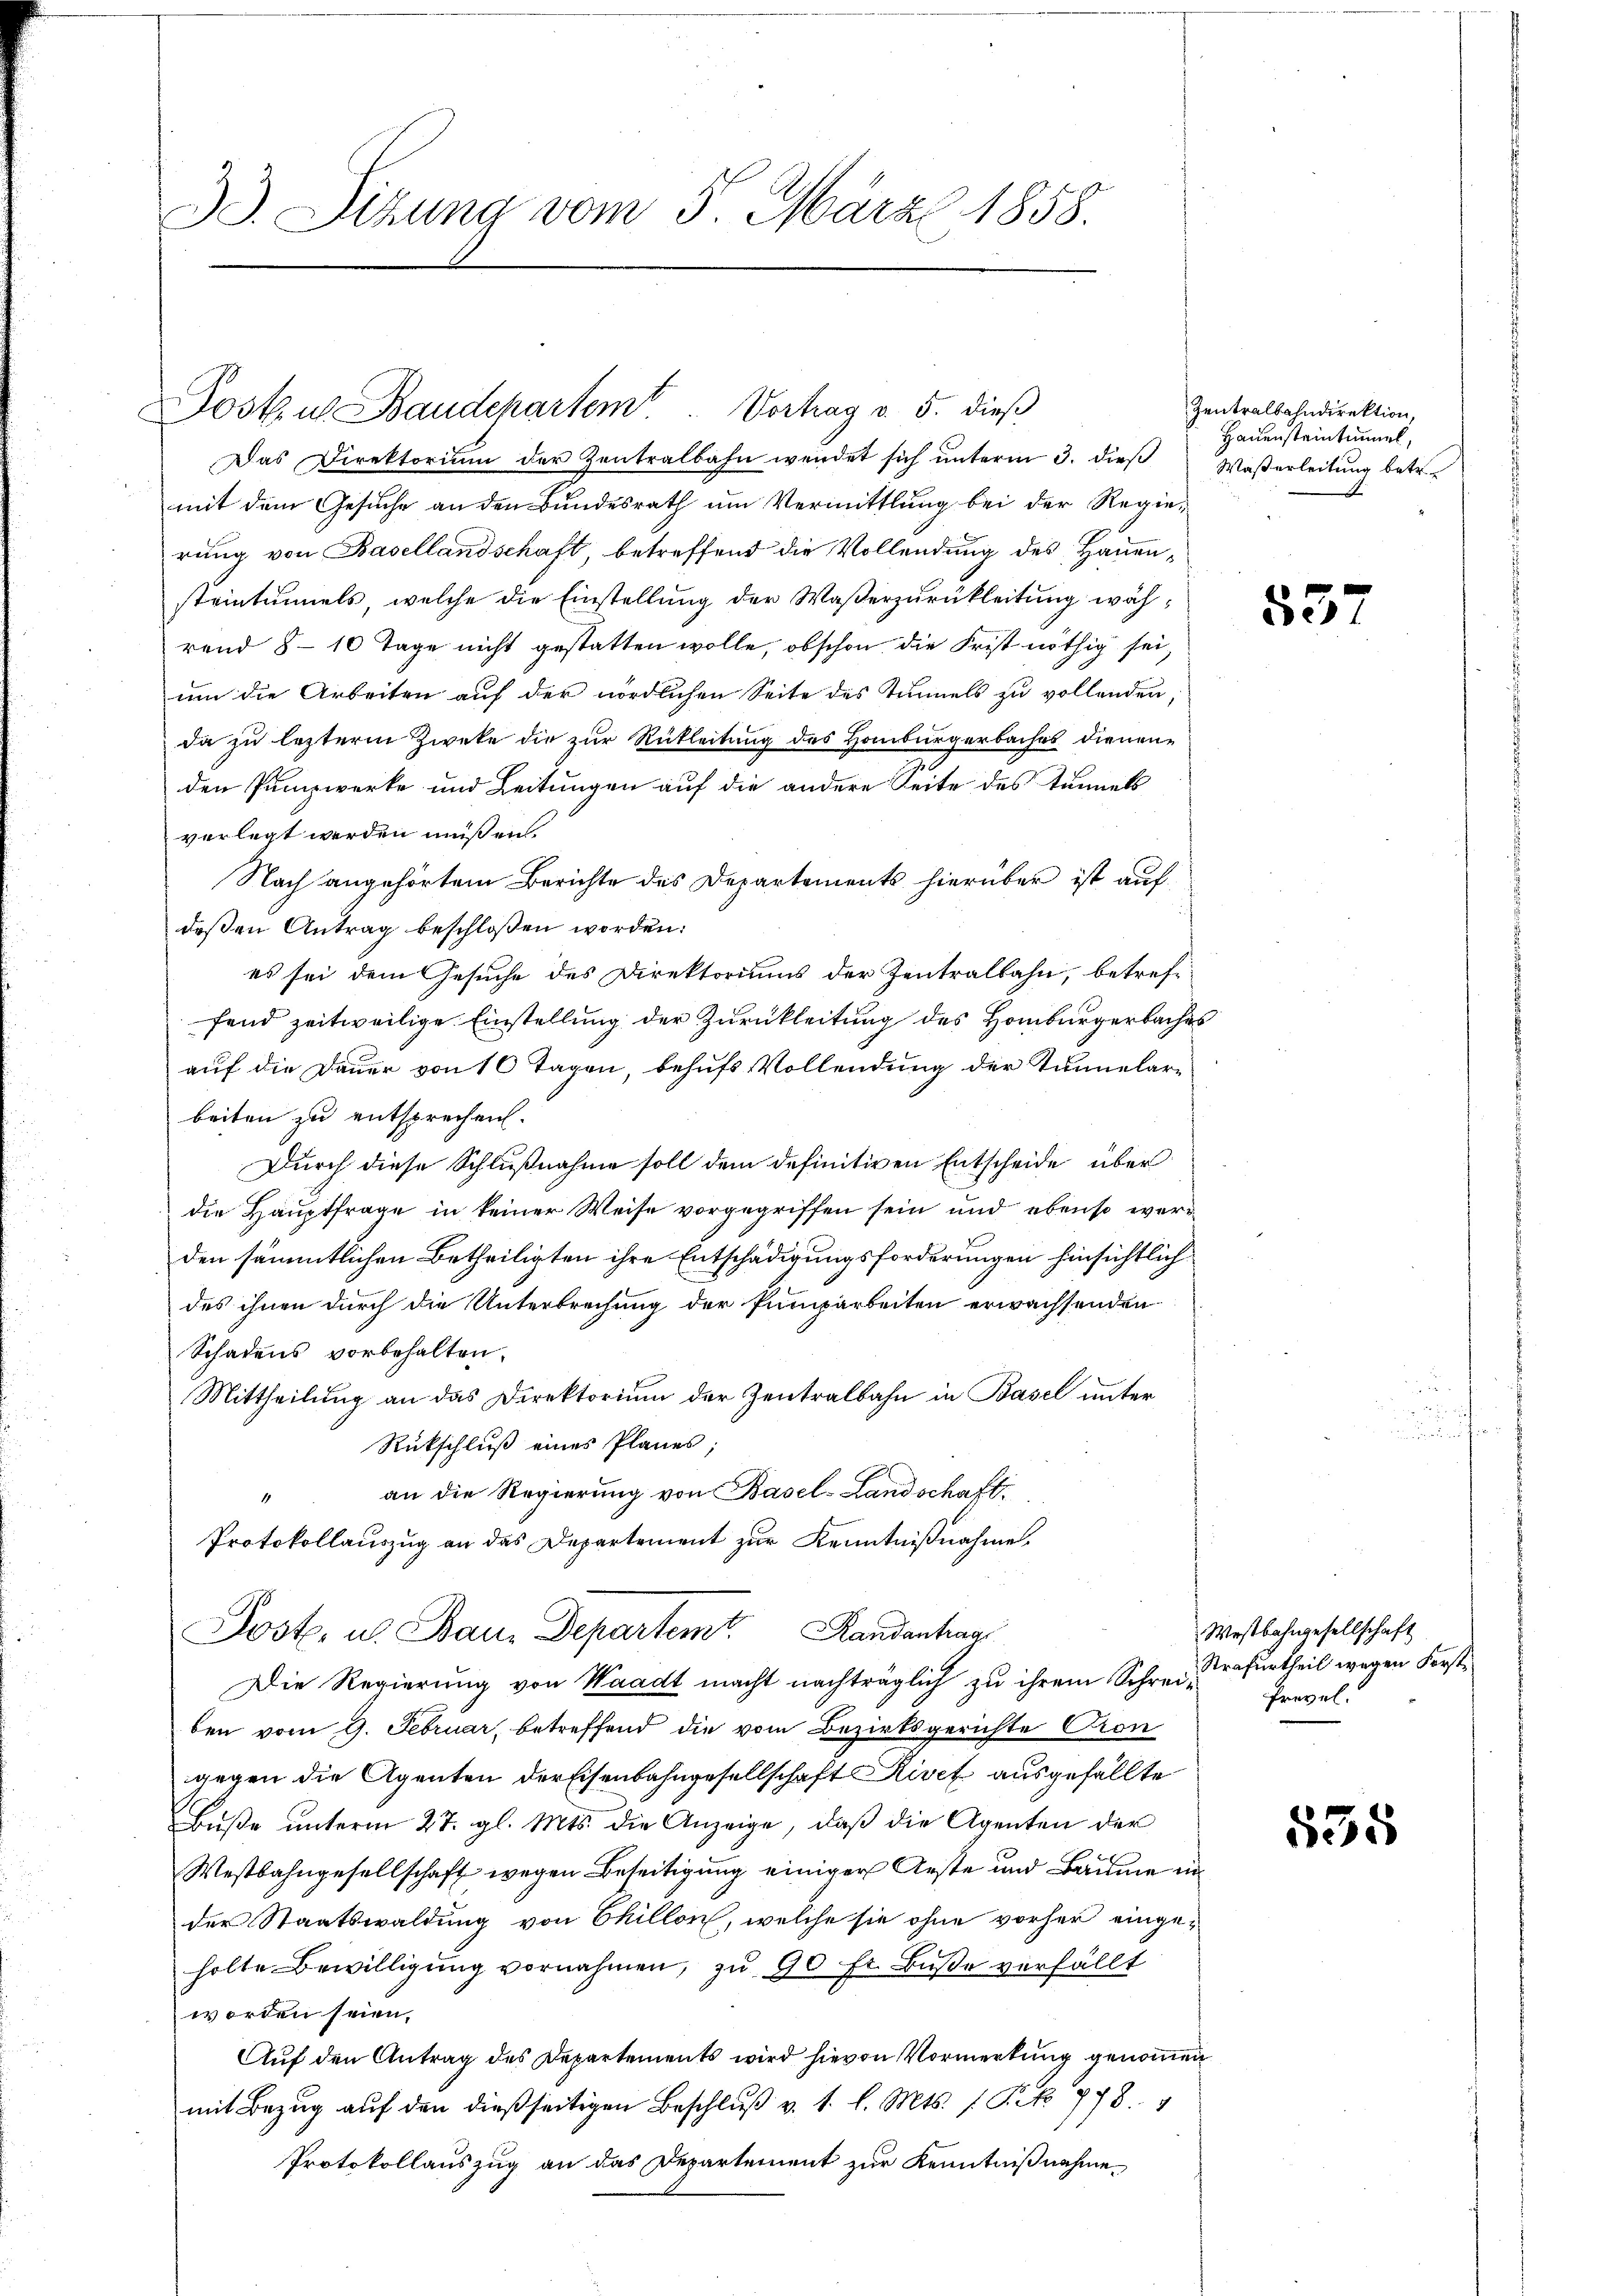
33. Sizung vom 5. März 1858.

Vortrag v. 5. dieß
Postul Baudepartem

Das Direktorium der Zentralbahn wendet sich ŭnterm 3. dieβ Waßerleitŭng betr.
mit dem Gesuche an den Bundesrath um Vermittlung bei der Regie-
rung von Basellandschaft, betreffend die Vollendung des Hauensteintunels, welche die Einstellung der Waßerzurukleitung während 8-10 Tage nicht gestatten wolle, obschon die Frist nöthig sei,
um die Arbeiten auf der nördlichen Seite des Tunnels zu vollenden,
da zu letzterm Zwecke die zur Rükleitung des Hamburgerbaches dienen
den Panzwerke und Leitungen auf die andere Seite des Tunnels
verlegt werden müßen.
Nach angehörtem Berichte des Departements hierüber ist auf
deßen Antrag beschloßen worden:
es sei dem Gesuche des Direktoriums der Zentralbahn, betreffend zeitweilige Einstellung der Zurückleitung des Homburgerbaches
auf die Dauer von 10 Tagen, behufs Vollendung der Tunnelarbeiten zu entsprechen.
Durch diese Schlußnahme soll dem definitiven Entscheide über
die Hauptfrage in keiner Weise vorgegriffen sein und ebenso werden sämmtlichen Betheiligten ihre Entschädigungsforderungen hinsichtlich
des ihnen durch die Unterbrechung der Pumparbeiten erwachsenden
Schadens vorbehalten.
Mittheilung an das Direktorium der Zentralbahn in Basel unter
Rückschluß eines Planes;
an die Regierung von Basel-Landschaft
1
Protokollauszug an das Departement zur Kenntnißnahme,

Post. u. Baur Departemt. Randentrag

Die Regierung von Waadt macht nachträglich zu ihrem Schrei- Erwelben vom 9. Februar, betreffend die vom Bezirksgerichte Cron
gegen die Agenten der Eisenbahngesellschaft Rivef ausgefällte
Bŭβe ŭnterm 27. gl. Mts. die Anzeige, daβ die Agenten der
Westbahngesellschaft wegen Beseitigung einiger Aeste und Bäume in
der Staatswaldung von Chillon, welche sie ohne vorher eingeholte Bewilligung vornahmen, zu 90 fr. Buße verfällt
worden seien.
Aŭf den Antrag des Departements wird hievon Vormerkung genommen
mit Bezug auf den dießseitigen Beschluß v. 1. l. Mts. 1. Frk. 778. 4
Protokollauszug an das Departement zur Kenntnißnahme¬

Zentralbahndirektion,
Hauensteintimmel,

557

Westbahngesellschaft
Strafurtheil wegen Forst¬

535